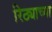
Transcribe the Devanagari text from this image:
रिठ्याच्या